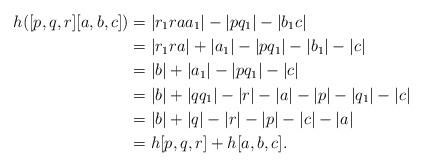
LaTeX: \begin{align*}h([p,q,r][a,b,c]) &= |r_1raa_1| - |pq_1| - |b_1c|\\&= |r_1ra| + |a_1|- |pq_1| - |b_1| - |c|\\&= |b| + |a_1| - |pq_1| - |c|\\&= |b| + |qq_1| - |r| -|a| - |p| - |q_1| - |c|\\&= |b| + |q| - |r| - |p| -|c| - |a|\\&=h[p,q,r]+ h[a,b,c].\end{align*}